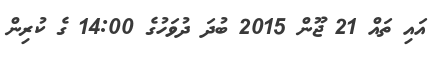
އައި ތައް 21 ޖޫން 2015 ބުދަ ދުވަހުގެ 14:00 ގެ ކުރިން